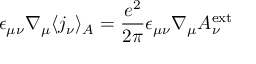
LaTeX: \epsilon _ { \mu \nu } \nabla _ { \mu } \langle j _ { \nu } \rangle _ { A } = \frac { e ^ { 2 } } { 2 \pi } \epsilon _ { \mu \nu } \nabla _ { \mu } A _ { \nu } ^ { \mathrm { e x t } }